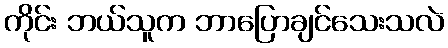
ကိုင်း ဘယ်သူက ဘာပြောချင်သေးသလဲ